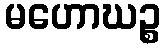
မဟောဃဉ္စ